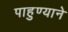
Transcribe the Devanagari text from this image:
पाहुण्याने